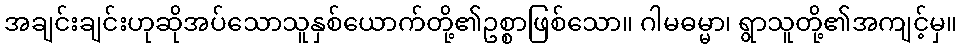
အချင်းချင်းဟုဆိုအပ်သောသူနှစ်ယောက်တို့၏ဥစ္စာဖြစ်သော။ ဂါမဓမ္မာ၊ ရွာသူတို့၏အကျင့်မှ။